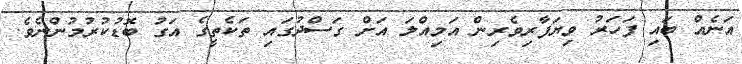
އަނެއް ބައި ފަހަރު ވިޔަފާރިވެރިން އަމިއްލަ އަށް ގަސްދުގައި ތަކެތީގެ އަގު ބޮޑުކުރުމުންނެވެ.